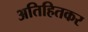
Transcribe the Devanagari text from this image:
अतिहितकर